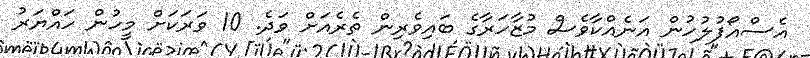
އެސްއޯފުލުހުން އަނެއްކާވެސް މުޒާހަރާގެ ބައިވެރިން ތެރެއަށް ވަދެ. 10 ވަރަކަށް މީހުން ހައްޔަރު